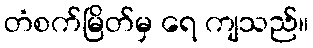
တံစက်မြိတ်မှ ရေ ကျသည်။